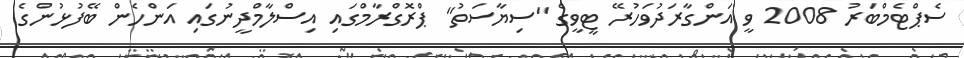
ސެޕްޓެމްބަރު 2008 ވީ އަންގާރަދުވަހުރޭ ޓީވީގެ "ސިޔާސަތު" ޕްރޮގްރާމްގައި އިސްލާމްދީނުގައި އަންހެން ބޭފުޅުންގެ